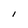
Character: I